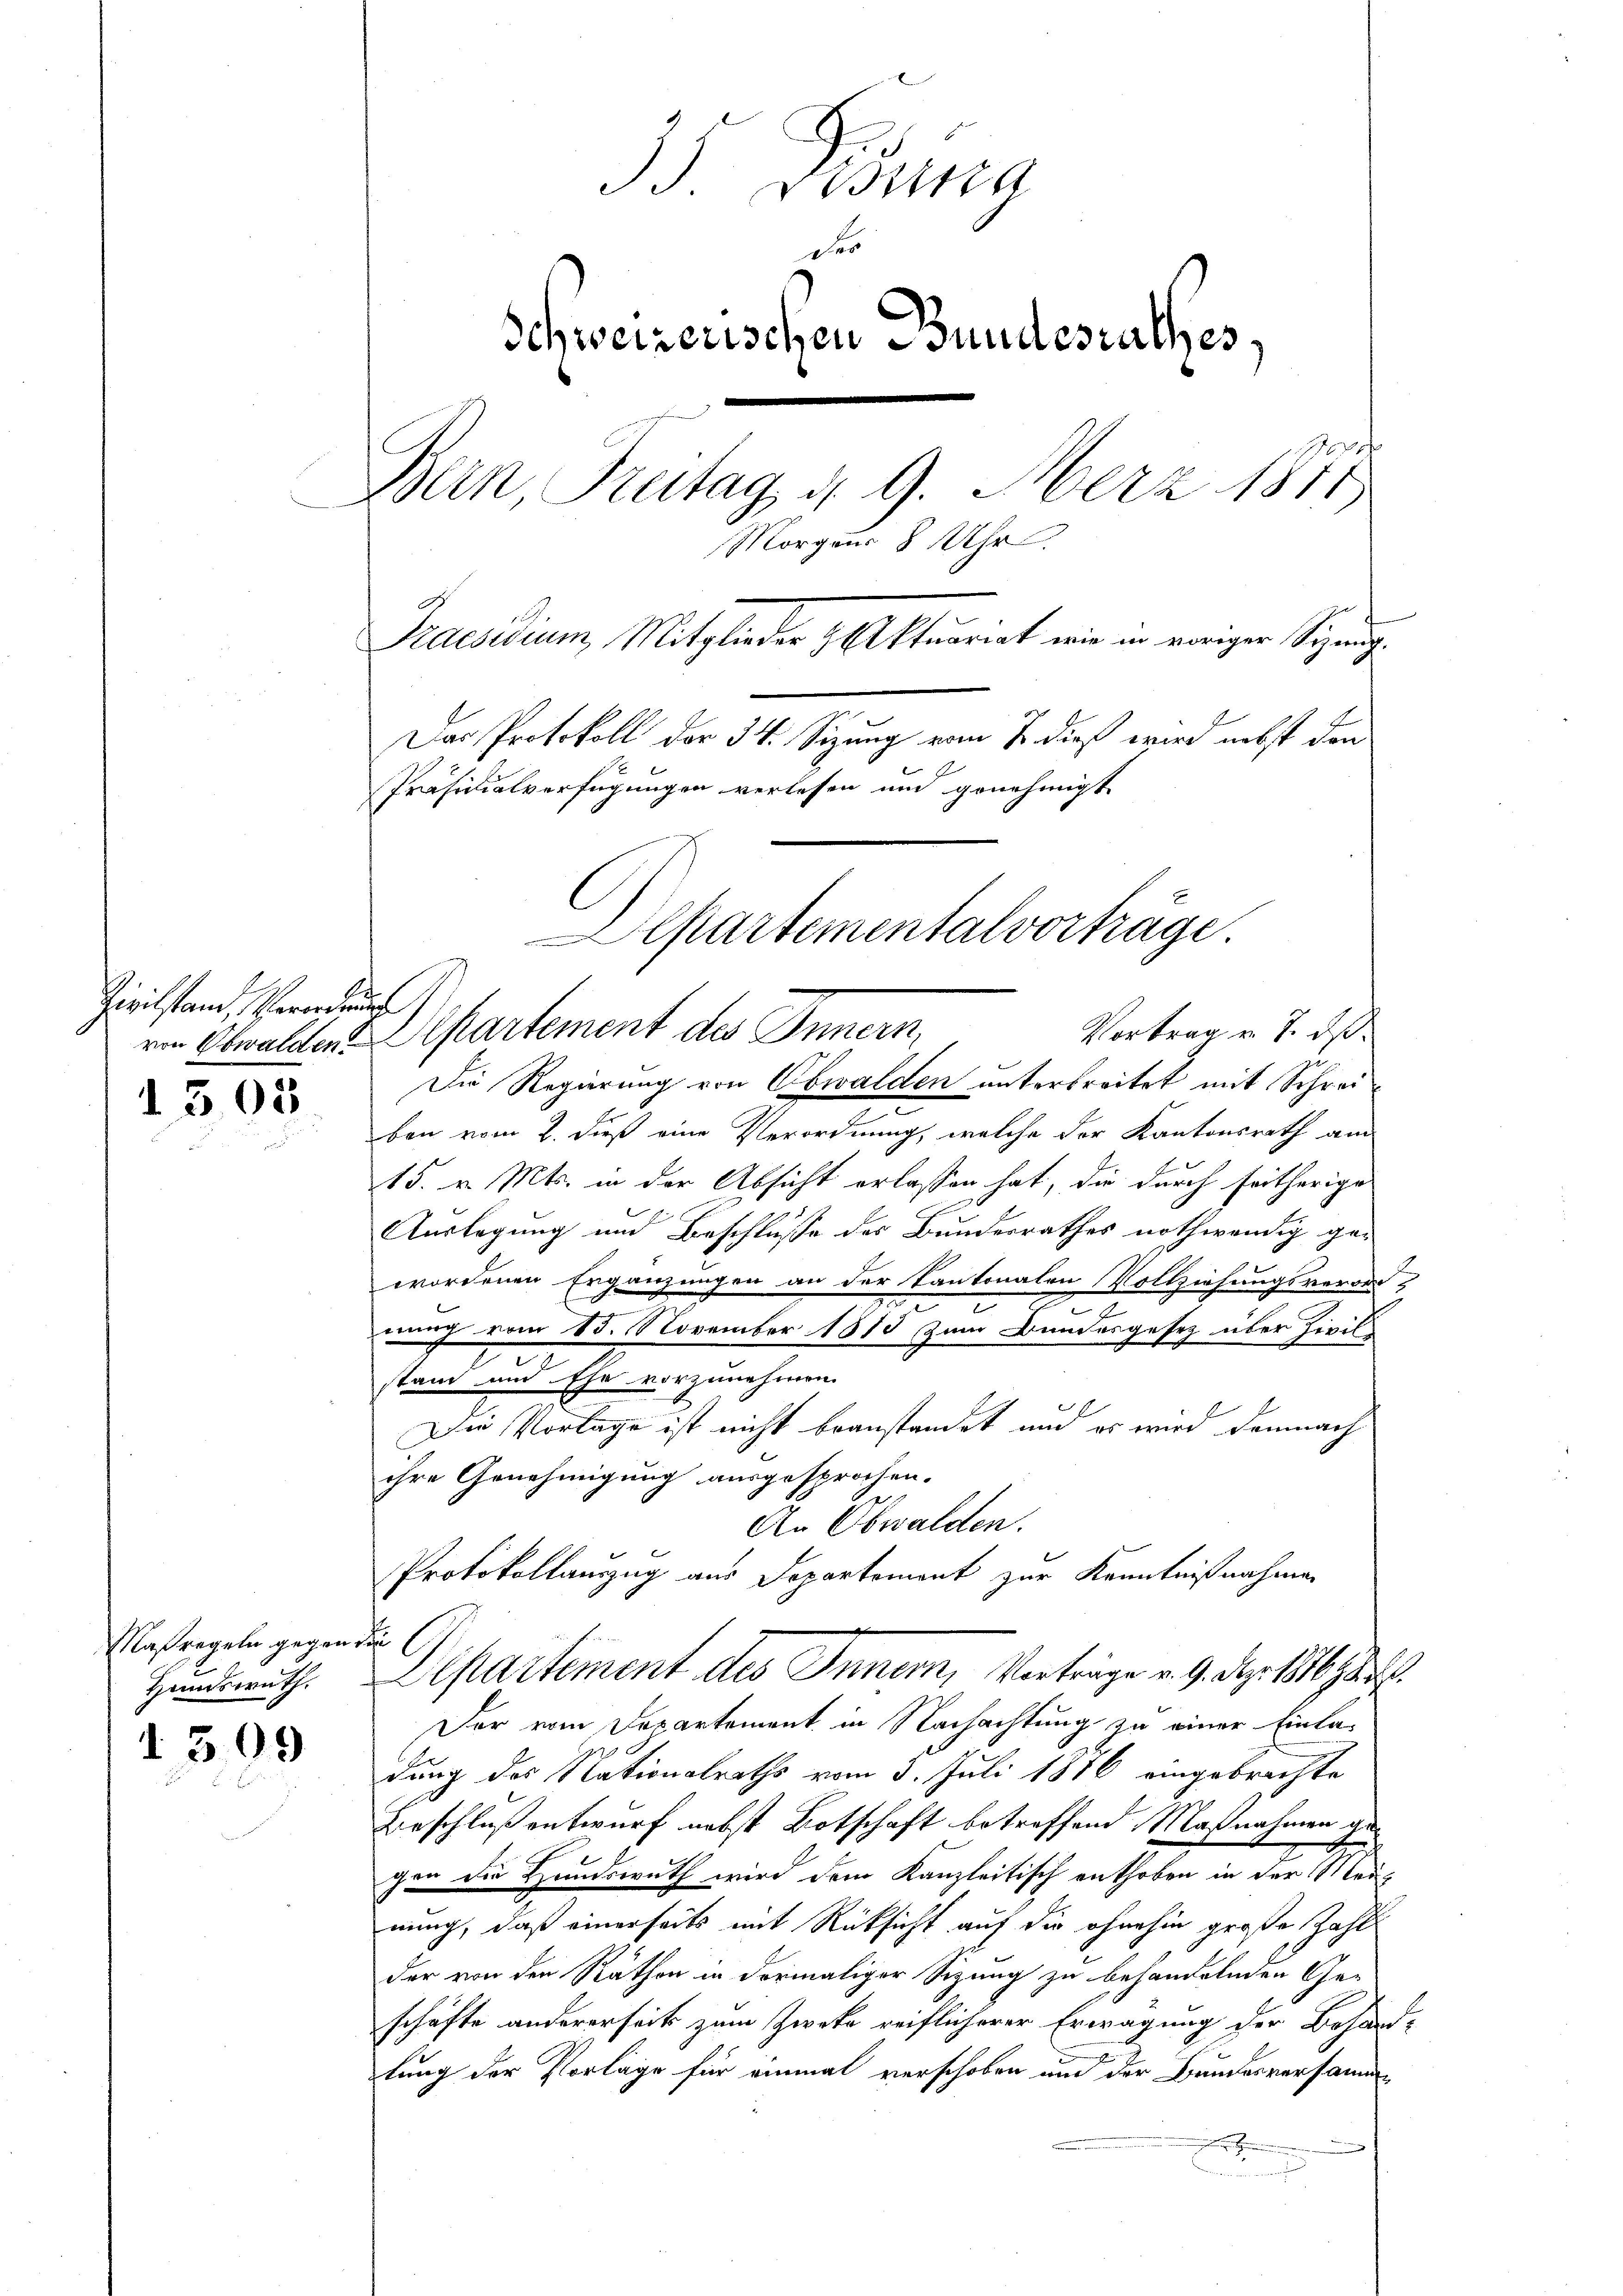
Zivilstand, Verordnung

1303

Maßregeln gegen die
Handswuth.

I 309

35 Distra
des
Schweizerischen Bundesrathes,
Bern Breitag d. 9. März 1871
Morgens 8 Uhr
Praesidium, Mitglieder Aktuariat wir in voriger Signung
Das Protokoll der 34. Sizung vom 7. dieß wird nebst don
Präsidialverfügungen verlesen und genehmigt

zu
Die Regierung von Obwalden unterbreitet mit Schreiben vom 2. dieß eine Verordnung, welche der Kantonsrath am
15. v. Mts. in der Absicht erlassen hat, die durch seitherige
Auslegung und Beschlüsse des Bundesrathes nothwendig gewordenen Ergänzungen an der Kantonalen Vollziehungsverord
g
ah vom 15. November 1815 zum Bundesgesetz über Zivil-
stand und Ehe vorzunehmen.
Die Vorlage ist nicht beanstandet und es wird demnach
ihre Genehmigung ausgesprochen.
An Obwalden.
Protokollauszug aus Departement zur Kenntnißnahmen
Departement des Inner, Vorträge u. 9. dez. 1816 au
Der vom Departement in Nachachtung zu einer Einladung des Nationalraths vom 3. Juli 1876 eingebrachte
Beschluß entwurf nebst Botschaft betreffend Maßnahmen gegen die Hundswuth wird dem Kanzleitisch enthoben in der Meinung, daß einerseits mit Rücksicht auf die ohnehin große Zahl
der von den Räthen in dermaliger Sizung zu behandelnden Ge-
schäfte andererseits zum Zweke reiflicherer Erwägung der Behand-
lung der Vorlage für einmal verschoben und der Bundesversamme
u

Departementalvorträge
Vortrag v. 7. ds.
ron Obwalden Departement des Innern,